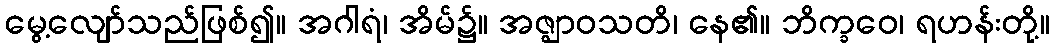
မွေ့လျော်သည်ဖြစ်၍။ အဂါရံ၊ အိမ်၌။ အဇ္ဈာဝသတိ၊ နေ၏။ ဘိက္ခဝေ၊ ရဟန်းတို့။